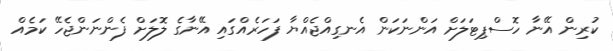
ކުރިން އޭނާ ހޮސްޕިޓަލަށް އަންނަކަން އެނގިއްޖެއްޔާ ފަހަރެއްގައި އޭނާގެ ލޮލަށް ފެންނަންޖެހޭ ކަމެއް